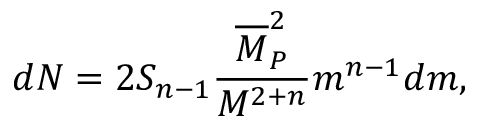
d N = 2 S _ { n - 1 } \frac { \overline { { { M } } } _ { P } ^ { 2 } } { M ^ { 2 + n } } m ^ { n - 1 } d m ,